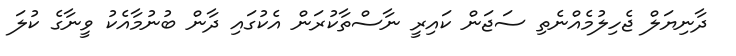
ދާނިޔަލް ޖެހިލުމެއްނެތި ސަޖަން ކައިރީ ނާސްތާކުރަން އެކުގައި ދާން ބުނުމާއެކު ވީނާގެ ކުލަ